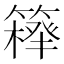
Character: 𥴍